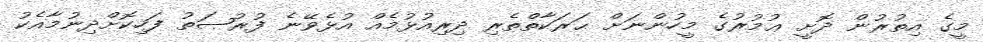
މީގެ އިތުރުން ދޮށީ ޢުމުރުގެ މީހުންނަށް ޙަރަކާތްތެރި ދިރިއުޅުމެއް އުޅެވޭނެ ފުރުޞަތު ފަހިކޮށްދިނުމާއެކު